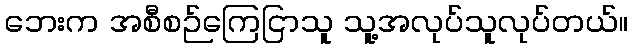
ဘေးက အစီစဉ်ကြေငြာသူ သူ့အလုပ်သူလုပ်တယ်။